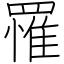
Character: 罹